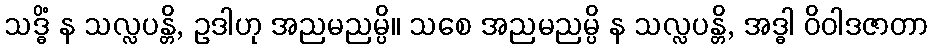
သဒ္ဓိံ န သလ္လပန္တိ, ဥဒါဟု အညမညမ္ပိ။ သစေ အညမညမ္ပိ န သလ္လပန္တိ, အဒ္ဓါ ဝိဝါဒဇာတာ